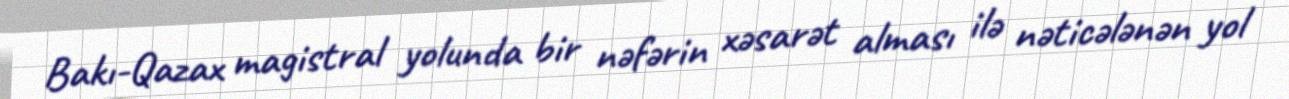
Bakı-Qazax magistral yolunda bir nəfərin xəsarət alması ilə nəticələnən yol